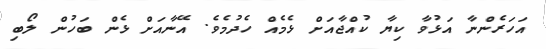
އަހަރެންނާ އަޅުވާ ކިޔާ ކުއްޖާއަށް ޅެމެއް ހެދުމެވެ. އޭނާއަށް ޅެން ބަހުން ލޯބި